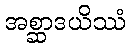
အစ္ဆာဒယိဿံ